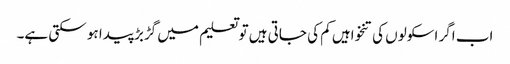
اب اگر اسکولوں کی تنخواہیں کم کی جاتی ہیں تو تعلیم میں گڑبڑ پیدا ہو سکتی ہے۔